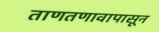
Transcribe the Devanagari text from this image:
ताणतणावापासून